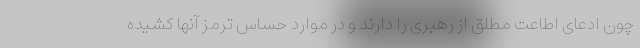
چون ادعای اطاعت مطلق از رهبری را دارند و در موارد حساس ترمز آنها کشیده